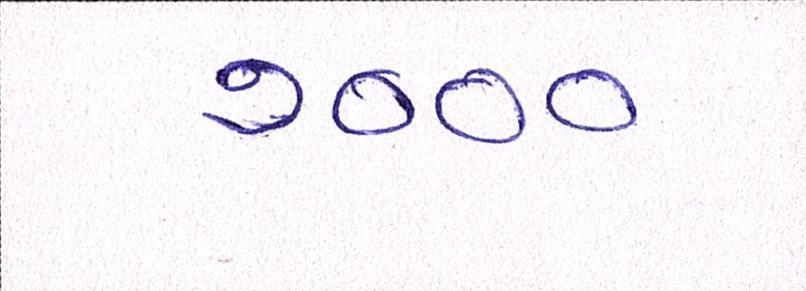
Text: ૭૦૦૦